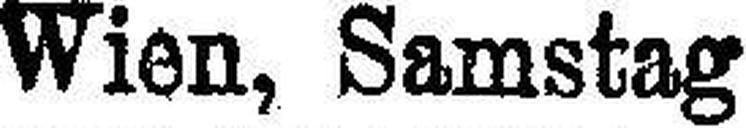
Wien, Samstag